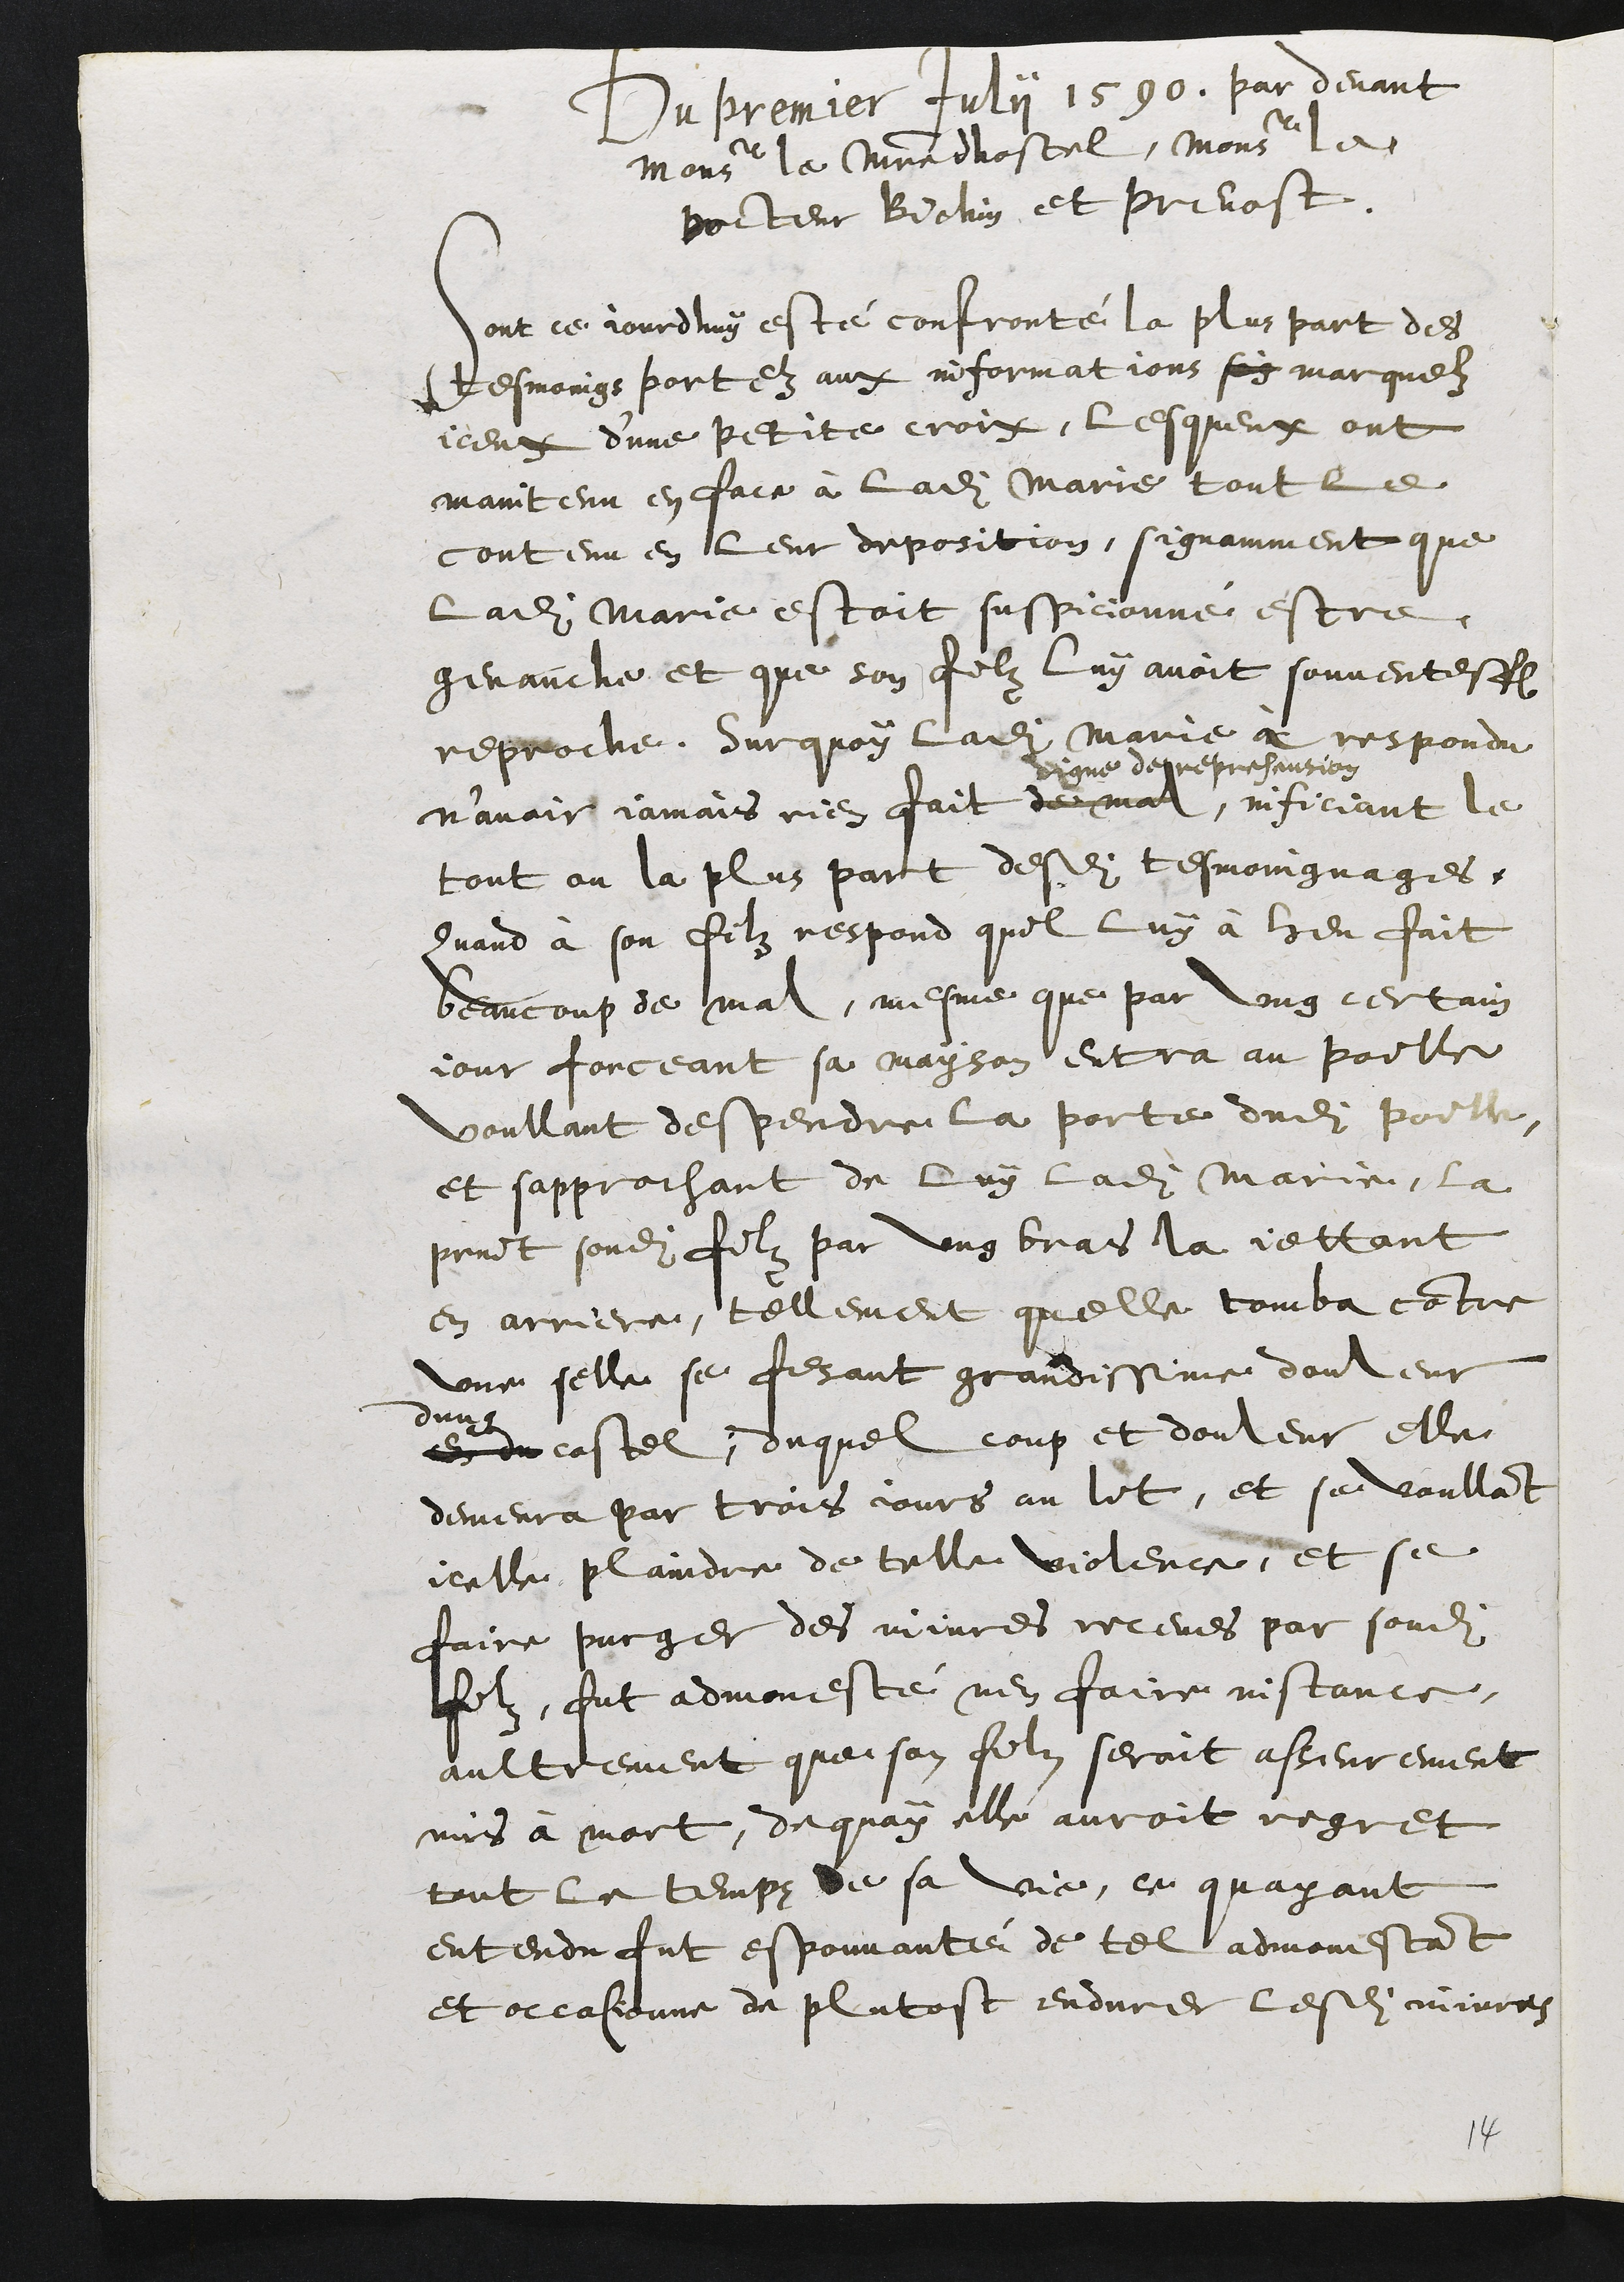
Du premier July 1590. par devant
Monseur le Viredhostel, Monseur le
polteur Bielin et privost.
sont ce jourdluy este confronté la plus part des
tesmoings portez aux informat ions soy marguelz
iieux dune petite crois, lesqueux ont
maintenu en faie a ladite Marie tout le
contenu en leur deposition, signamment que
ladite Marie estoit suspicionne estre.
genauche et que son filz luy avoit souventeffe
reproche durquoy ladite Marie a respondu
n’avoir jamais rien fait den mal,
vigne derepresension
inficiant le
tout ou la plus pant desdits tesmoingnages.
Quand a son filz respond quil luy à heu fait
beancoup de mal, mesme que par ung certain
jour forceant sa mayson entra au poille
voullant despendre la porte dudit poille
et sapprochant de luy ladite Marie, la
print sondit filz par ung bras la jettant
en arriere, tellement quelle tomba contre
une selle se fisant grandissime douleur
dun
en encostel, duquel coup et douleur elle
demenra par trois ours au lit, et se voullant
jcelle plaindre de telle violeng, et se
faire pucger des miiures receves par sondit
filz, fut admoneste nen faire iistance.
aultrement que son filn seroit asseurement
mis a mort, de quoy elle avroit regret
tout le temps de sa vie, ce quayant
entendu fut espounante de tel admonestant
et occasieune de plutost endurer lesdits mieres